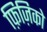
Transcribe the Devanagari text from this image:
फ़िज़िको